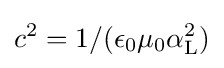
c^{2}=1/(\epsilon _{0}\mu _{0}\alpha _{\rm {L}}^{2})